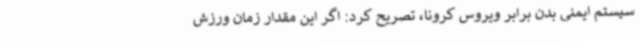
سیستم ایمنی بدن برابر ویروس کرونا، تصریح کرد: اگر این مقدار زمان ورزش